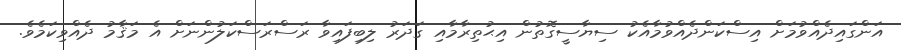
އަންގައިދެއްވުމަށް އިސްކަންދެއްވުމާއެކު ސިޔާސީގޮތުން އިޙުތިރާމާއި ގަދަރު ލިބިފައިވާ ރަސްރަސްކަލުންނަށް އެ މަޤާމު ދެއްވިކަމެވެ.